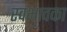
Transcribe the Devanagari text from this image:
स्वभावका